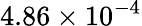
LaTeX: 4.86\times 10^{-4}